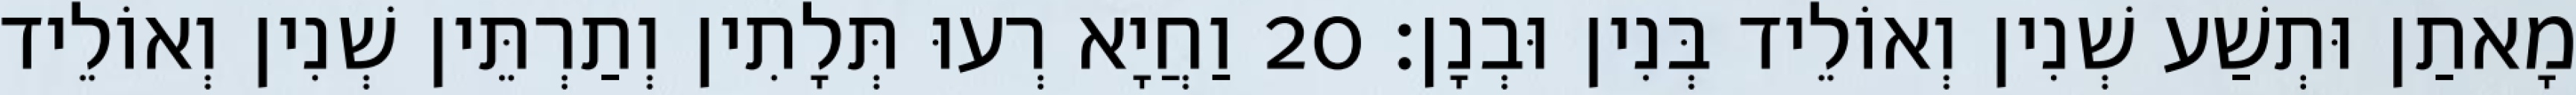
מָאתַן וּתְשַׁע שְׁנִין וְאוֹלֵיד בְּנִין וּבְנָן׃ 20 וַחֲיָא רְעוּ תְּלָתִין וְתַרְתֵּין שְׁנִין וְאוֹלֵיד